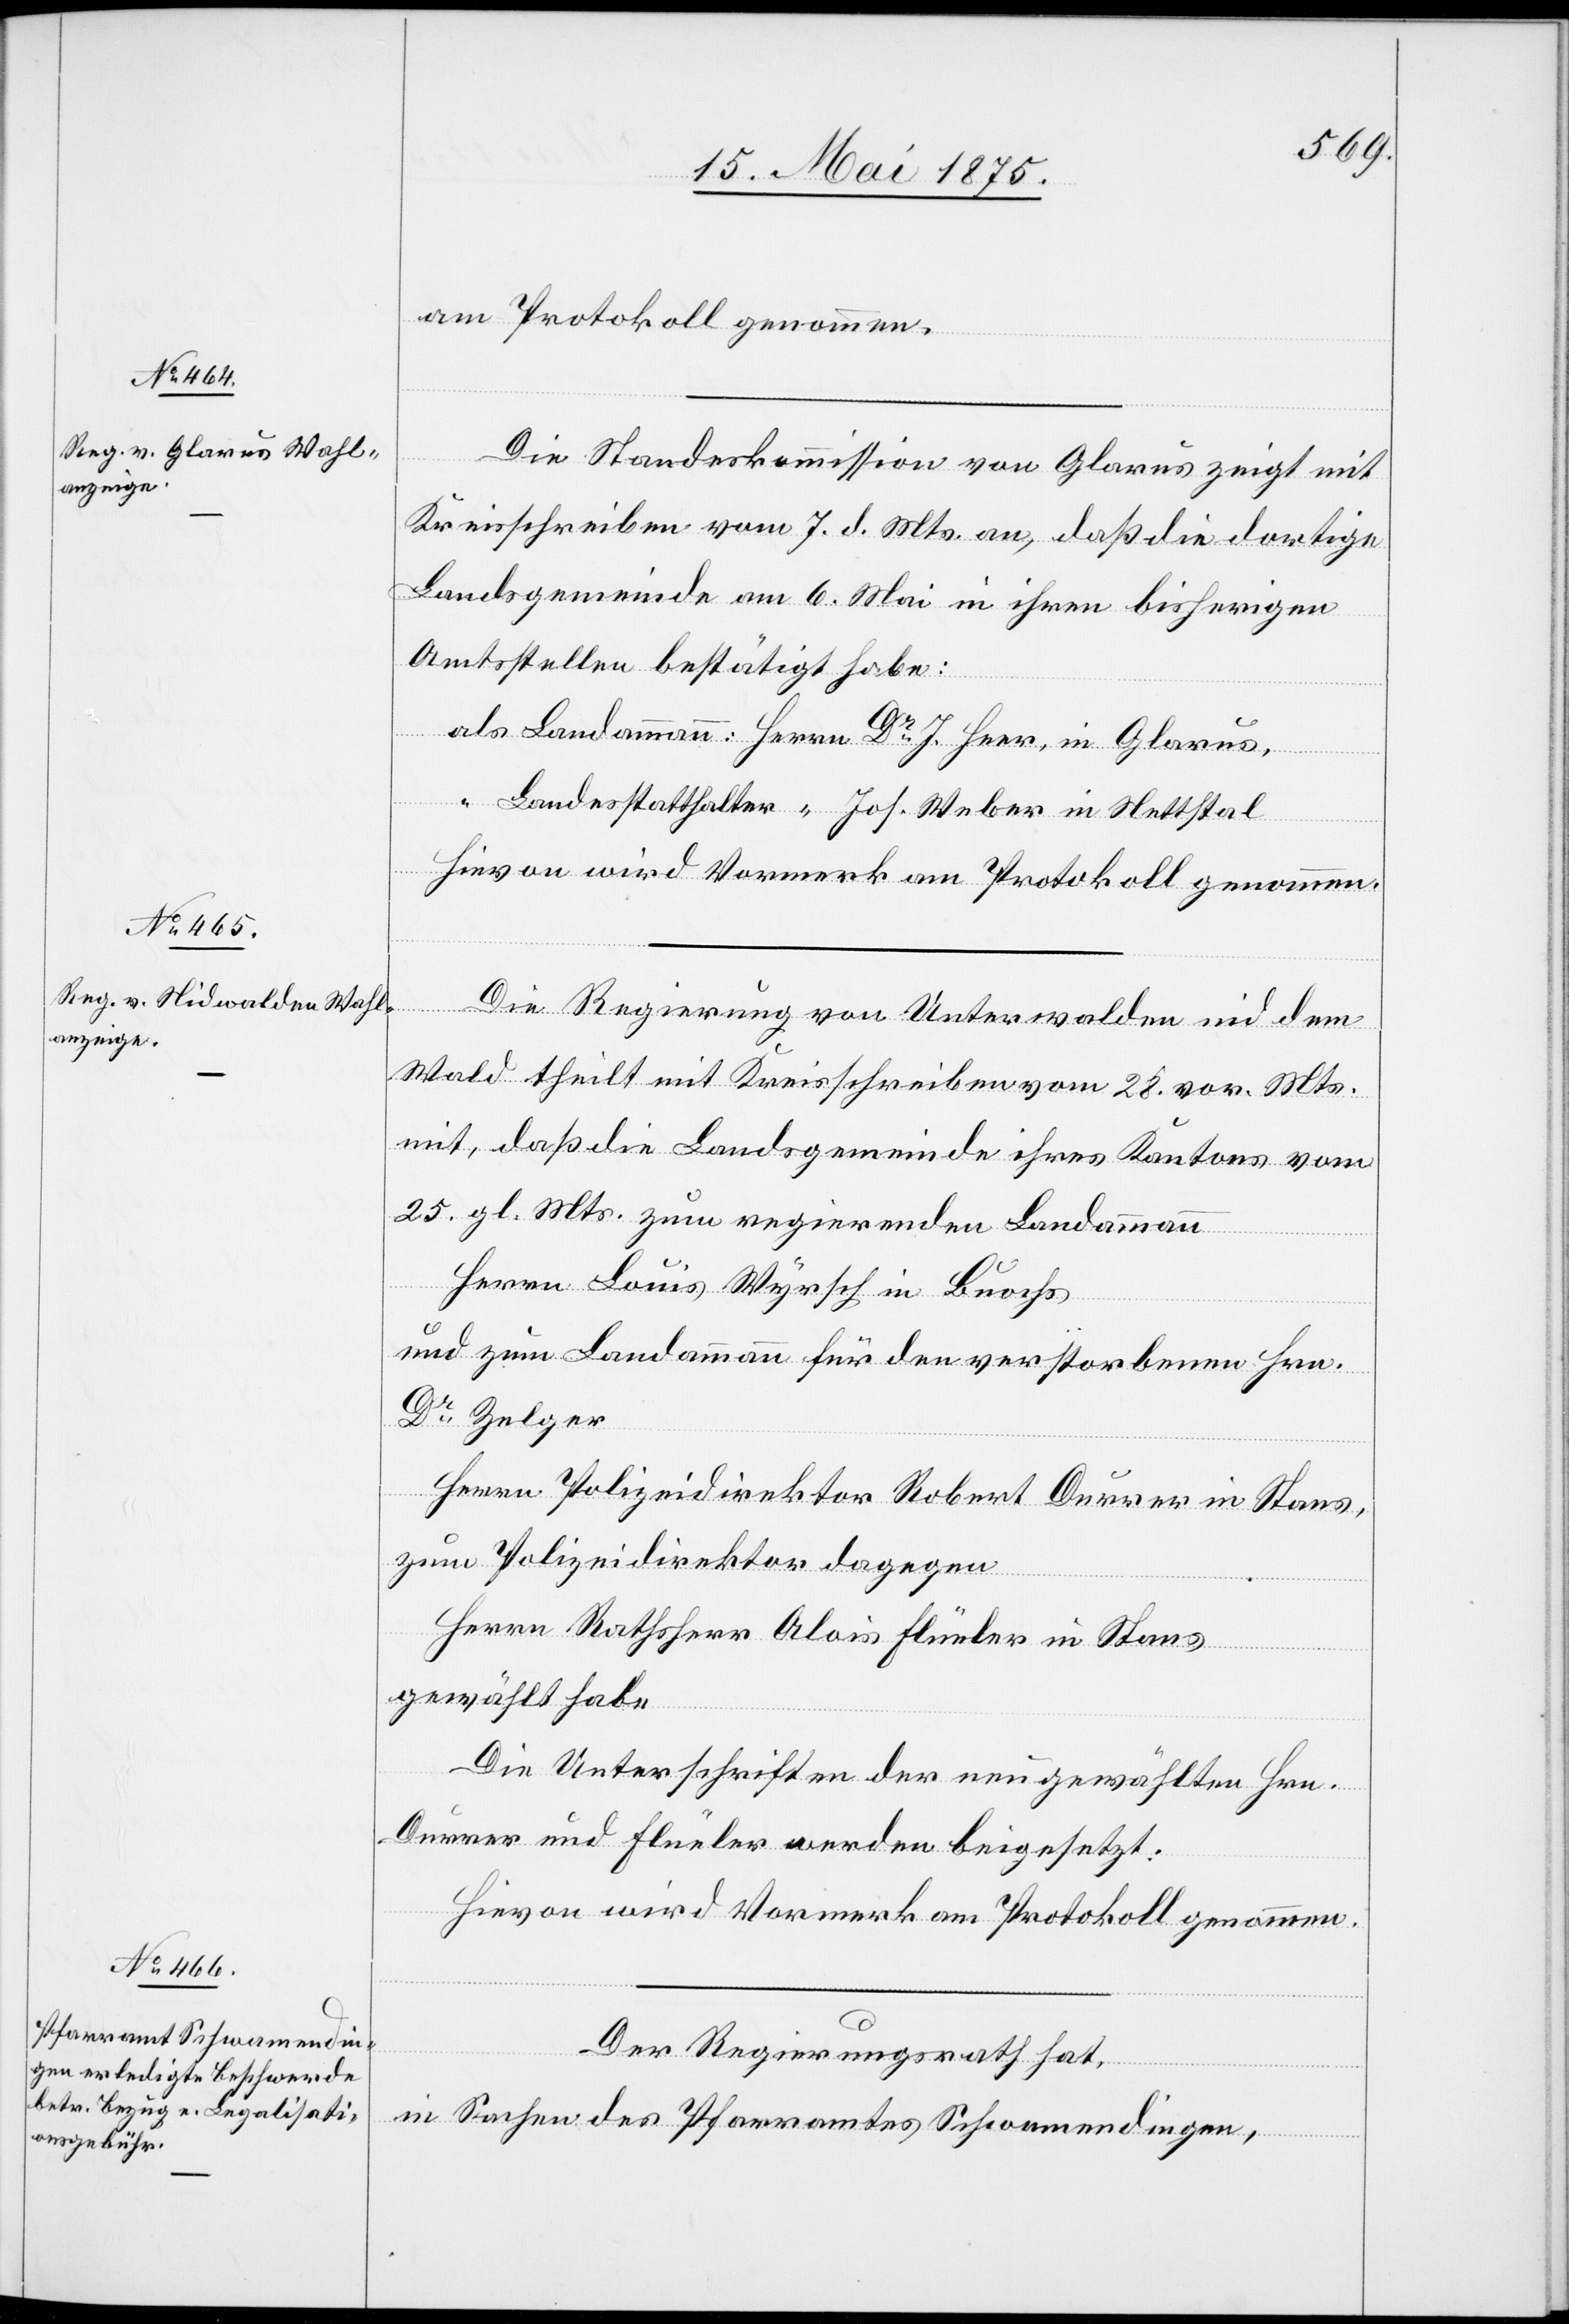
am Protokoll genommen.
“
Die Standortkommission von Glarus zeigt mit
Kreisschreiben vom 7. d. Mts. an, daß die dortige
Landsgemeinde am 6. Mai in ihren bisherigen
Amtsstellen bestätigt habe:
Weber
Hievon wird Vormerk am Protokoll genommen.
Die Regierung von Unterwalden nid dem
Wald theilt mit Kreisschreiben vom 28. vor. Mts
mit, daß die Landsgemeinde ihres Kantons vom
25. gl. Mts. zum regirenden Landammann
Herrn Louis Wyrsch in Buochs
und zum Landammann für den verstorbenen Hrn.
Dr. Zelger
Herrn Polizeidirektor Robert Durrer in Stans,
zum Polizeidirektor dagegen
Herrn Rathsherr Alois Flüeler in Stans
gewählt habe.
Die Unterschriften der neugewählten Hrn.
Durrer und Flüeler werden beigesetzt.
Hievon wird Vormerk am Protokoll genommen.
J.
Der Regierungsrath hat,
in Sachen des Pfarramtes Schwamendingen,

in